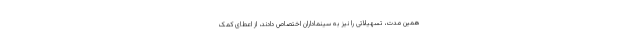
همین مدت، تسهیلاتی را نیز به سینماداران اختصاص دادند، از اعطای کمک